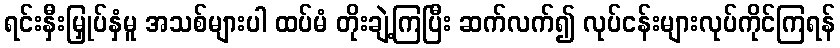
ရင်းနှီးမြှုပ်နှံမူ အသစ်များပါ ထပ်မံ တိုးချဲ့ကြပြီး ဆက်လက်၍ လုပ်ငန်းများလုပ်ကိုင်ကြရန်